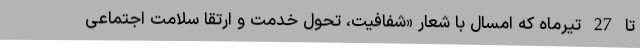
تا 27 تیرماه که امسال با شعار «شفافیت، تحول خدمت و ارتقا سلامت اجتماعی